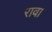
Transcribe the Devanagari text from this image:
रावा